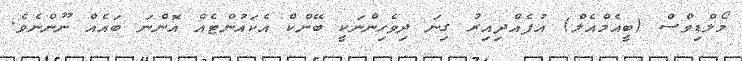
މޯލްޑިވްސް (ބީއެމްއެލް) އުފެއްދިއިރު ގިނަ ދިވެހިންނަކީ ބޭންކް އެކައުންޓެއް އޮންނަ ބައެއް ނޫންނެވެ.